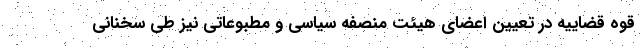
قوه قضاییه در تعیین اعضای هیئت منصفه سیاسی و مطبوعاتی نیز طی سخنانی